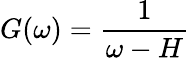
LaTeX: G(\omega)=\frac{1}{\omega-H}